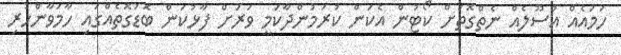
ހަމައެއް އުސޫލެއް ނެތްގޮތަށް ކޯޓުން އެކަން ކުރަމުންދާކަމީ ވަރަށް ފާޅުކަން ބޮޑުގޮތެއްގައި ހާމަވާންހުރި